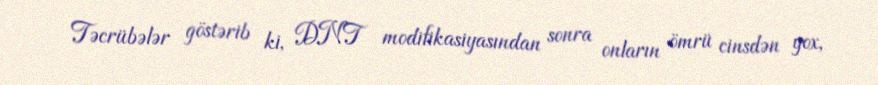
Təcrübələr göstərib ki, DNT modifikasiyasından sonra onların ömrü cinsdən yox,